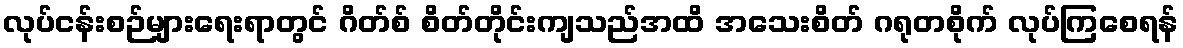
လုပ်ငန်းစဉ်များရေးရာတွင် ဂိတ်စ် စိတ်တိုင်းကျသည်အထိ အသေးစိတ် ဂရုတစိုက် လုပ်ကြစေရန်